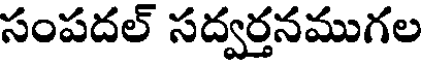
సంపదల్ సద్వర్తనముగల